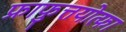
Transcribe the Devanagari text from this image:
फ्राफुत्तयोत्फा